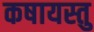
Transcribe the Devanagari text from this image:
कषायस्तु